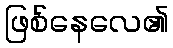
ဖြစ်နေလေ၏